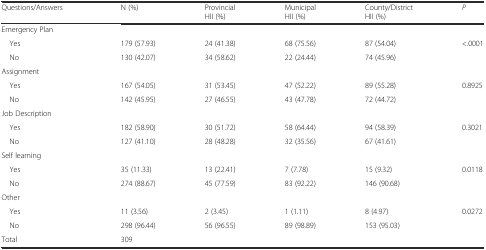
<table><thead><tr><td><b>Questions/Answers</b></td><td><b>N (%)</b></td><td><b>Provincial HII (%)</b></td><td><b>Municipal HII (%)</b></td><td><b>County/District HII (%)</b></td><td><b><i>P</i></b></td></tr></thead><tbody><tr><td>Emergency Plan</td><td></td><td></td><td></td><td></td><td></td></tr><tr><td> Yes</td><td>179 (57.93)</td><td>24 (41.38)</td><td>68 (75.56)</td><td>87 (54.04)</td><td>&lt;.0001</td></tr><tr><td> No</td><td>130 (42.07)</td><td>34 (58.62)</td><td>22 (24.44)</td><td>74 (45.96)</td><td></td></tr><tr><td colspan="6">Assignment</td></tr><tr><td> Yes</td><td>167 (54.05)</td><td>31 (53.45)</td><td>47 (52.22)</td><td>89 (55.28)</td><td>0.8925</td></tr><tr><td> No</td><td>142 (45.95)</td><td>27 (46.55)</td><td>43 (47.78)</td><td>72 (44.72)</td><td></td></tr><tr><td colspan="6">Job Description</td></tr><tr><td> Yes</td><td>182 (58.90)</td><td>30 (51.72)</td><td>58 (64.44)</td><td>94 (58.39)</td><td>0.3021</td></tr><tr><td> No</td><td>127 (41.10)</td><td>28 (48.28)</td><td>32 (35.56)</td><td>67 (41.61)</td><td></td></tr><tr><td colspan="6">Self learning</td></tr><tr><td> Yes</td><td>35 (11.33)</td><td>13 (22.41)</td><td>7 (7.78)</td><td>15 (9.32)</td><td>0.0118</td></tr><tr><td> No</td><td>274 (88.67)</td><td>45 (77.59)</td><td>83 (92.22)</td><td>146 (90.68)</td><td></td></tr><tr><td>Other</td><td></td><td></td><td></td><td></td><td></td></tr><tr><td> Yes</td><td>11 (3.56)</td><td>2 (3.45)</td><td>1 (1.11)</td><td>8 (4.97)</td><td>0.0272</td></tr><tr><td> No</td><td>298 (96.44)</td><td>56 (96.55)</td><td>89 (98.89)</td><td>153 (95.03)</td><td></td></tr><tr><td>Total</td><td>309</td><td></td><td></td><td></td><td></td></tr></tbody></table>